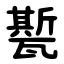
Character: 㽄